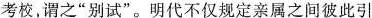
考校，谓之”别试”。明代不仅规定亲属之间彼此引